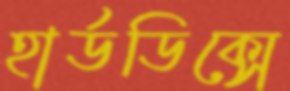
হার্ডডিক্সে